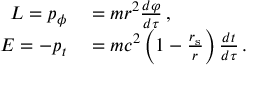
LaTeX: \begin{array} { r l } { L = p _ { \phi } } & { { } = m r ^ { 2 } { \frac { d \varphi } { d \tau } } \, , } \\ { E = - p _ { t } } & { { } = m c ^ { 2 } \left( 1 - { \frac { r _ { \mathrm { { s } } } } { r } } \right) { \frac { d t } { d \tau } } \, . } \end{array}